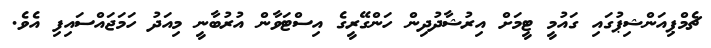
ޗެމްޕިއަންޝިޕުގައި ގައުމީ ޓީމަށް އިރުޝާދުދިން ހަންގޭރީގެ އިސްޓަވާން އުރުބާނީ މިއަދު ހަމަޖައްސައިފި އެވެ.